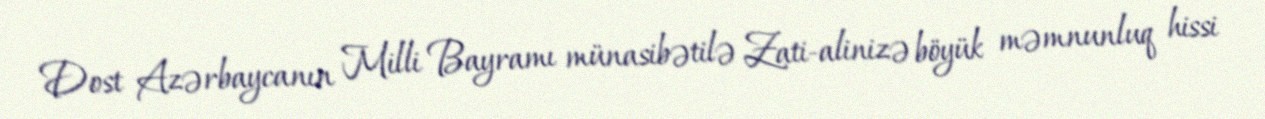
Dost Azərbaycanın Milli Bayramı münasibətilə Zati-alinizə böyük məmnunluq hissi